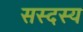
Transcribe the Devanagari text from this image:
सस्दस्य